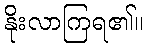
နိုးလာကြရ၏။